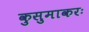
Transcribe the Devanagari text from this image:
कुसुमाकरः